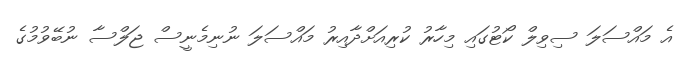
އެ މައްސަލަ ސިވިލް ކޯޓުގައި މިހާރު ކުރިއަށްދާއިރު މައްސަލަ ނުނިމެނީސް ޖަލްސާ ނުބޭވުމުގެ